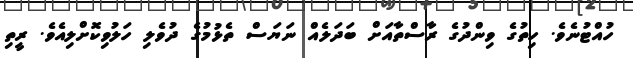
ހުއްޓުނެވެ. ހިތުގެ ވިންދުގެ ރާސްތާއަށް ބަދަލެއް ނަޔަސް ތެޅުމުގެ ދުވެލި ހަލުވިކޮށްލިއެވެ. ރީތި